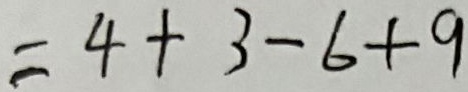
= 4 + 3 - 6 + 9